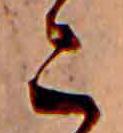
こ